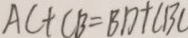
A C + C B = B D + \angle B C